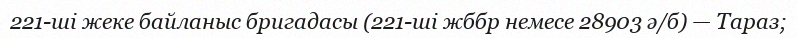
221-ші жеке байланыс бригадасы (221-ші жббр немесе 28903 ә/б) — Тараз;